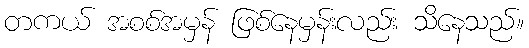
တကယ် အစစ်အမှန် ဖြစ်နေမှန်းလည်း သိနေသည်။